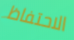
الاحتفاظ